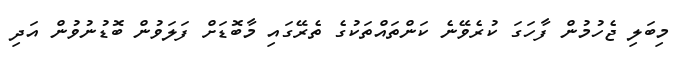
މިބަލި ޖެހުމުން ފާހަގަ ކުރެވޭނެ ކަންތައްތަކުގެ ތެރޭގައި މާބޮޑަށް ފަލަވުން ބޮޑުނުވުން އަދި